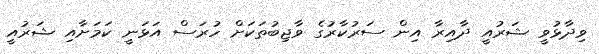
ވިދާޅުވީ ޝަރުއީ ދާއިރާ އިން ސަރުކާރުގެ ވާޖިބުތަކަށް ހުރަސް އަޅަނީ ކަމަށާއި ޝަރުއީ